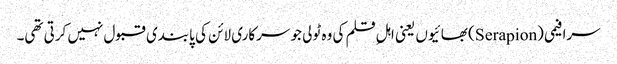
سرافیمی (Serapion) بھائیوں یعنی اہلِ قلم کی وہ ٹولی جو سرکاری لائن کی پابندی قبول نہیں کرتی تھی۔